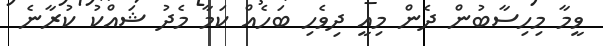
ވީމާ މިހިސާބުން ދެން މިއީ ދިވެހި ބަހެއް ކަމާ މެދު ޝައްކު ކުރާނެ